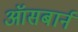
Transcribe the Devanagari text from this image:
ऑसबार्न